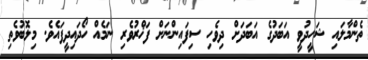
ތެންމާލައި ޝަހީދުވީ އަބަދުގެ އަބަދަށް ދިވެހި ސިފައިންނަށް ފަޚްރުވެރި ނަމެއް ހޯދައިދީފައެވެ. މިލޮބުވެތި